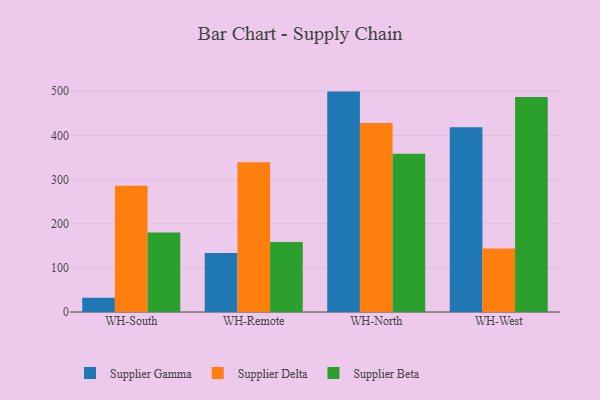
{"axis": {"x": "Warehouse", "y": "Customer Acquisition Cost (USD)"}, "legend": ["Supplier Beta", "Supplier Delta", "Supplier Gamma"], "data": [{"x": "WH-South", "y": 32.1, "type": "Supplier Gamma"}, {"x": "WH-South", "y": 285.8, "type": "Supplier Delta"}, {"x": "WH-South", "y": 179.8, "type": "Supplier Beta"}, {"x": "WH-Remote", "y": 133.4, "type": "Supplier Gamma"}, {"x": "WH-Remote", "y": 338.9, "type": "Supplier Delta"}, {"x": "WH-Remote", "y": 158.7, "type": "Supplier Beta"}, {"x": "WH-North", "y": 499.2, "type": "Supplier Gamma"}, {"x": "WH-North", "y": 428.1, "type": "Supplier Delta"}, {"x": "WH-North", "y": 358.7, "type": "Supplier Beta"}, {"x": "WH-West", "y": 418.5, "type": "Supplier Gamma"}, {"x": "WH-West", "y": 143.9, "type": "Supplier Delta"}, {"x": "WH-West", "y": 487.1, "type": "Supplier Beta"}]}